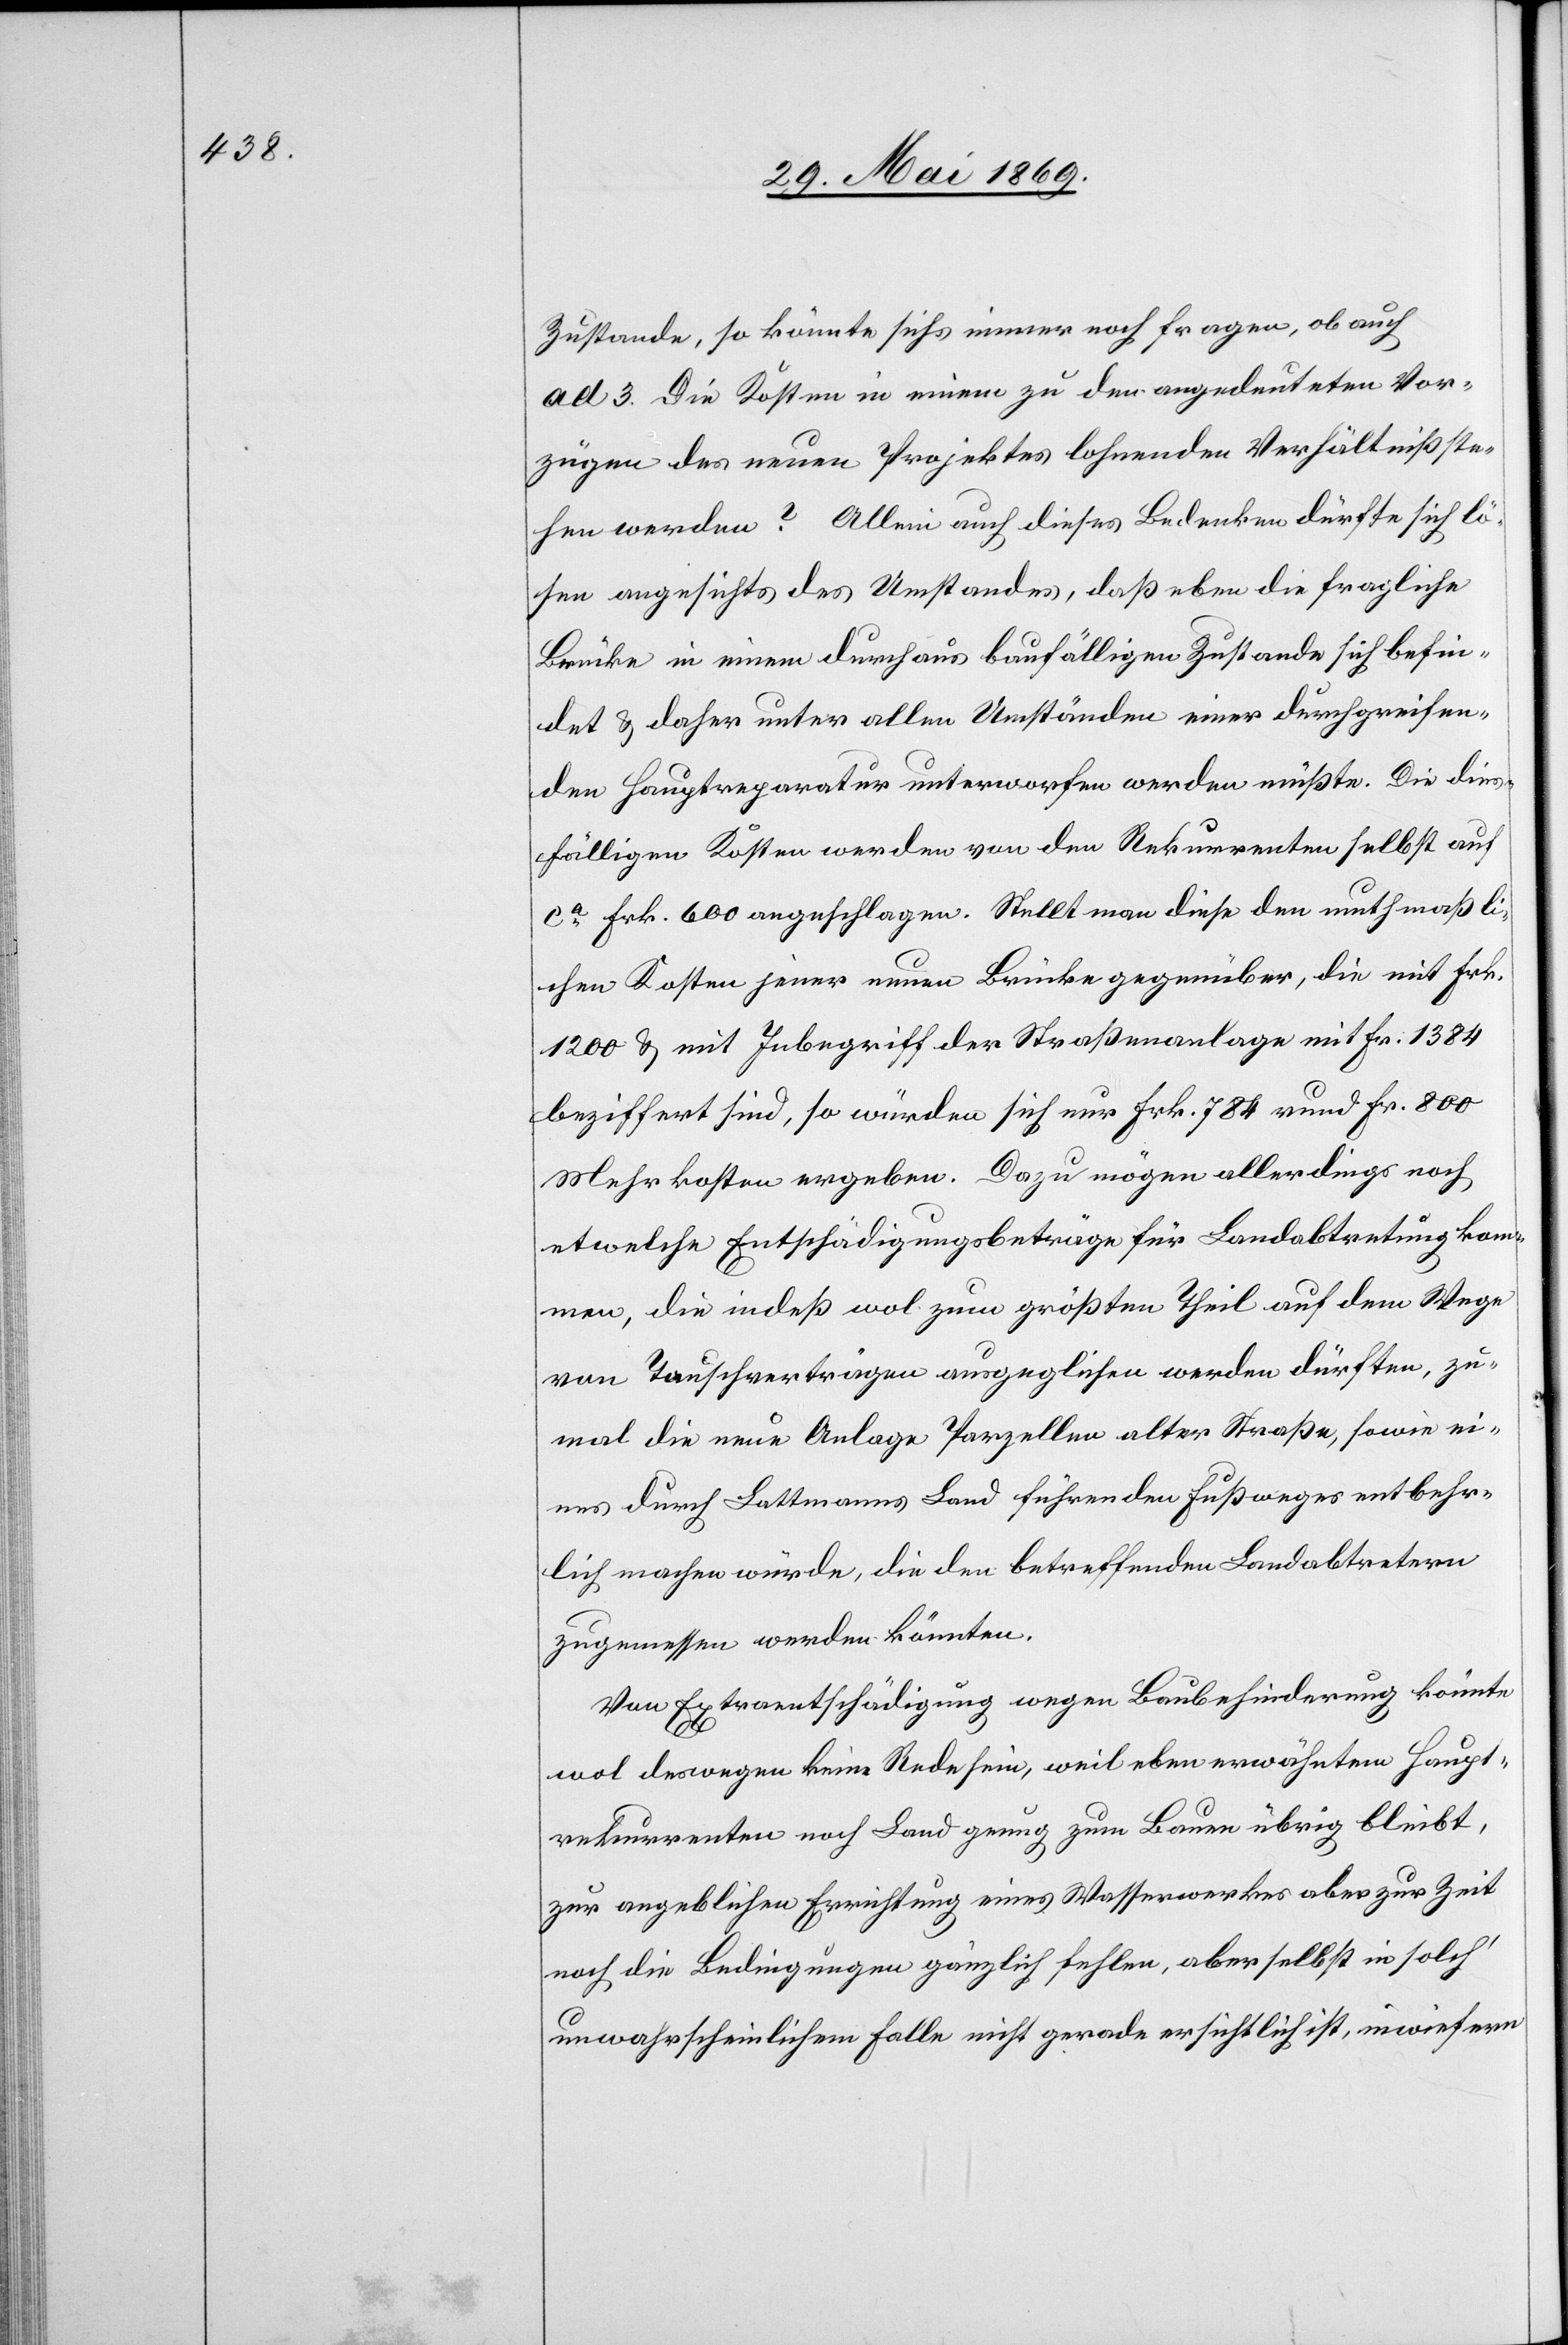
Zustande, so könnte sichs immer noch fragen, ob auch
ad 3. Die Kosten in einem zu den angedeuteten Vor¬
zügen des neuen Projektes lohnenden Verhältnissen
stehen werden? Allein auch dieses Bedenken dürfte sich lö¬
sen angesichts des Umstandes, daß eben die fragliche
Brücke in einem durchaus baufälligen Zustande sich befin¬
det u. daher unter allen Umständen einer durchgreifen¬
den Hauptreparatur unterworfen werden müßte. Die dies¬
fälligen Kosten werden von den Rekurrenten selbst au¬
f Frk. ca 600 angeschlagen. Stellt man diese den muthmaßli¬
chen Kosten jener neuen Brücke gegenüber, die mit Frk.
1200 u. mit Inbegriff der Straßenanlage mit Fr. 1384
beziffert wird, so würden sich nur Frk. 784 rund Fr. 800
Mehrkosten ergeben. Dazu mögen allerdings noch
etwelche Entschädigungsbeiträge für Landabtretung kom¬
men, die indeß wol zum größten Theil auf dem Wege
von Tauschverträgen ausgeglichen werden dürfen, zu¬
mal die neue Anlage Parzellen alter Straße, sowie ei¬
nes durch Lattmanns Land führenden Fußweges entbehr¬
lich machen würde, die den betreffenden Landabtretern
zugemessen werden könnten.
Von Extraentschädigung wegen Baubehinderung könnte
wol deswegen keine Rede sein, weil eben erwähnten Haupt¬
rekurrenten noch Land genug zum Bauen übrig bleibt,
zur angeblichen Errichtung eines Wasserwerkes aber zur Zeit
noch die Bedingungen gänzlich fehlen, aber selbst in solch’
unwahrscheinlichem Falle nicht gerade ersichtlich ist, inwiefern